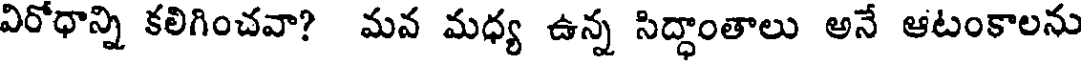
విరోధాన్ని కలిగించవా? మవ మధ్య ఉన్న సిద్ధాంతాలు అనే ఆటంకాలను